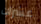
عشرات